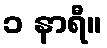
၁ နာရီ။